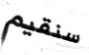
سنقيم